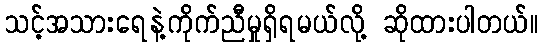
သင့်အသားရေနဲ့ကိုက်ညီမှုရှိရမယ်လို့ ဆိုထားပါတယ်။